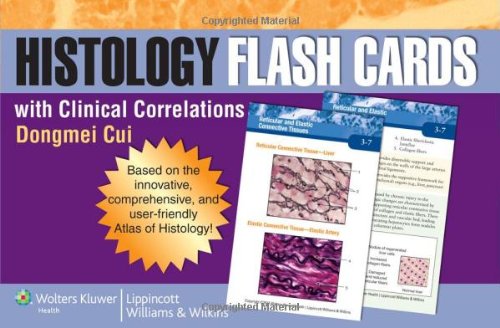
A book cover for Histology Flash Cards with Clinical Correlations; Dongmei Cui MS; Medical Books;